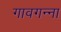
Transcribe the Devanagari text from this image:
गावगन्ना